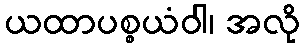
ယထာပစ္စယံဝါ၊ အလို